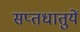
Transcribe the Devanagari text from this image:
सप्‍तधातुयें